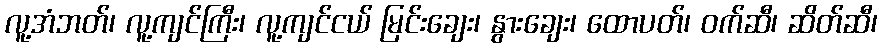
လူ့အံဘတ်၊ လူ့ကျင်ကြီး၊ လူ့ကျင်ငယ် မြင်းချေး၊ နွားချေး၊ ထောပတ်၊ ဝက်ဆီ၊ ဆိတ်ဆီ၊